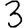
Digit: 3